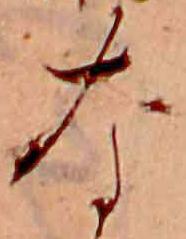
な